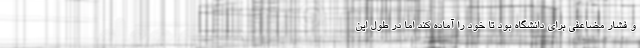
و فشار مضاعفی برای دانشگاه بود تا خود را آماده کند اما در طول این